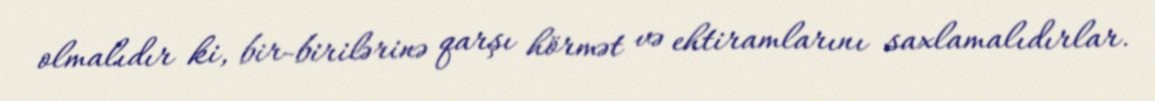
olmalıdır ki, bir-birilərinə qarşı hörmət və ehtiramlarını saxlamalıdırlar.